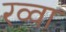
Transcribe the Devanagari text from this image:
रव्वा